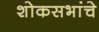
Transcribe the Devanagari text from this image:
शोकसभांचे